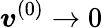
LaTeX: \boldsymbol{v}^{(0)}\to 0